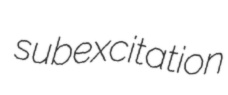
subexcitation